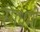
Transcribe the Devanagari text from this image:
रंगधर्मी